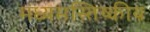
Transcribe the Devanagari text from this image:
मध्यमस्तिष्कीय